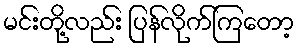
မင်းတို့လည်း ပြန်လိုက်ကြတော့